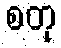
စတု